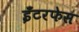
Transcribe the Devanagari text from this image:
इँटरफेस